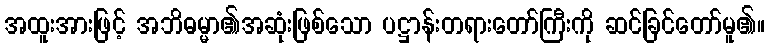
အထူးအားဖြင့် အဘိဓမ္မာ၏အဆုံးဖြစ်သော ပဋ္ဌာန်းတရားတော်ကြီးကို ဆင်ခြင်တော်မူ၏။